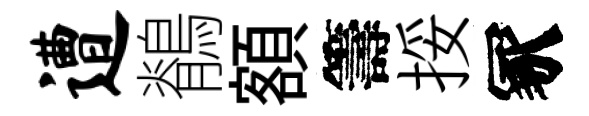
遭鶺額籌挼冢